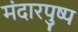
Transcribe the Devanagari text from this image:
मंदारपुष्प